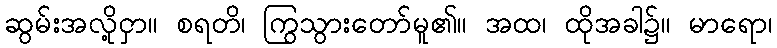
ဆွမ်းအလို့ငှာ။ စရတိ၊ ကြွသွားတော်မူ၏။ အထ၊ ထိုအခါ၌။ မာရော၊